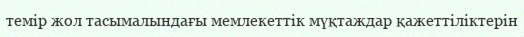
темір жол тасымалындағы мемлекеттік мүқтаждар қажеттіліктерін